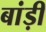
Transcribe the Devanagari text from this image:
बांड़ी